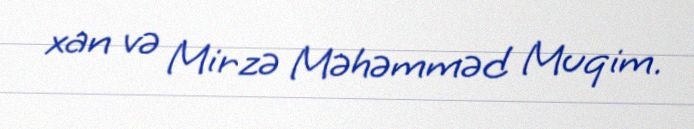
xan və Mirzə Məhəmməd Muqim.